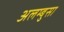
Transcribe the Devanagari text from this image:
अलम्बुसा